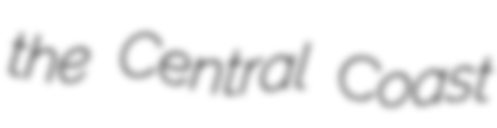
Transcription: the Central Coast